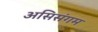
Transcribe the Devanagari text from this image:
असिसंगम